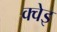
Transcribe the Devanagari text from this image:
क्वेइ